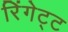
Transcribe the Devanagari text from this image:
रिंगेट्ट